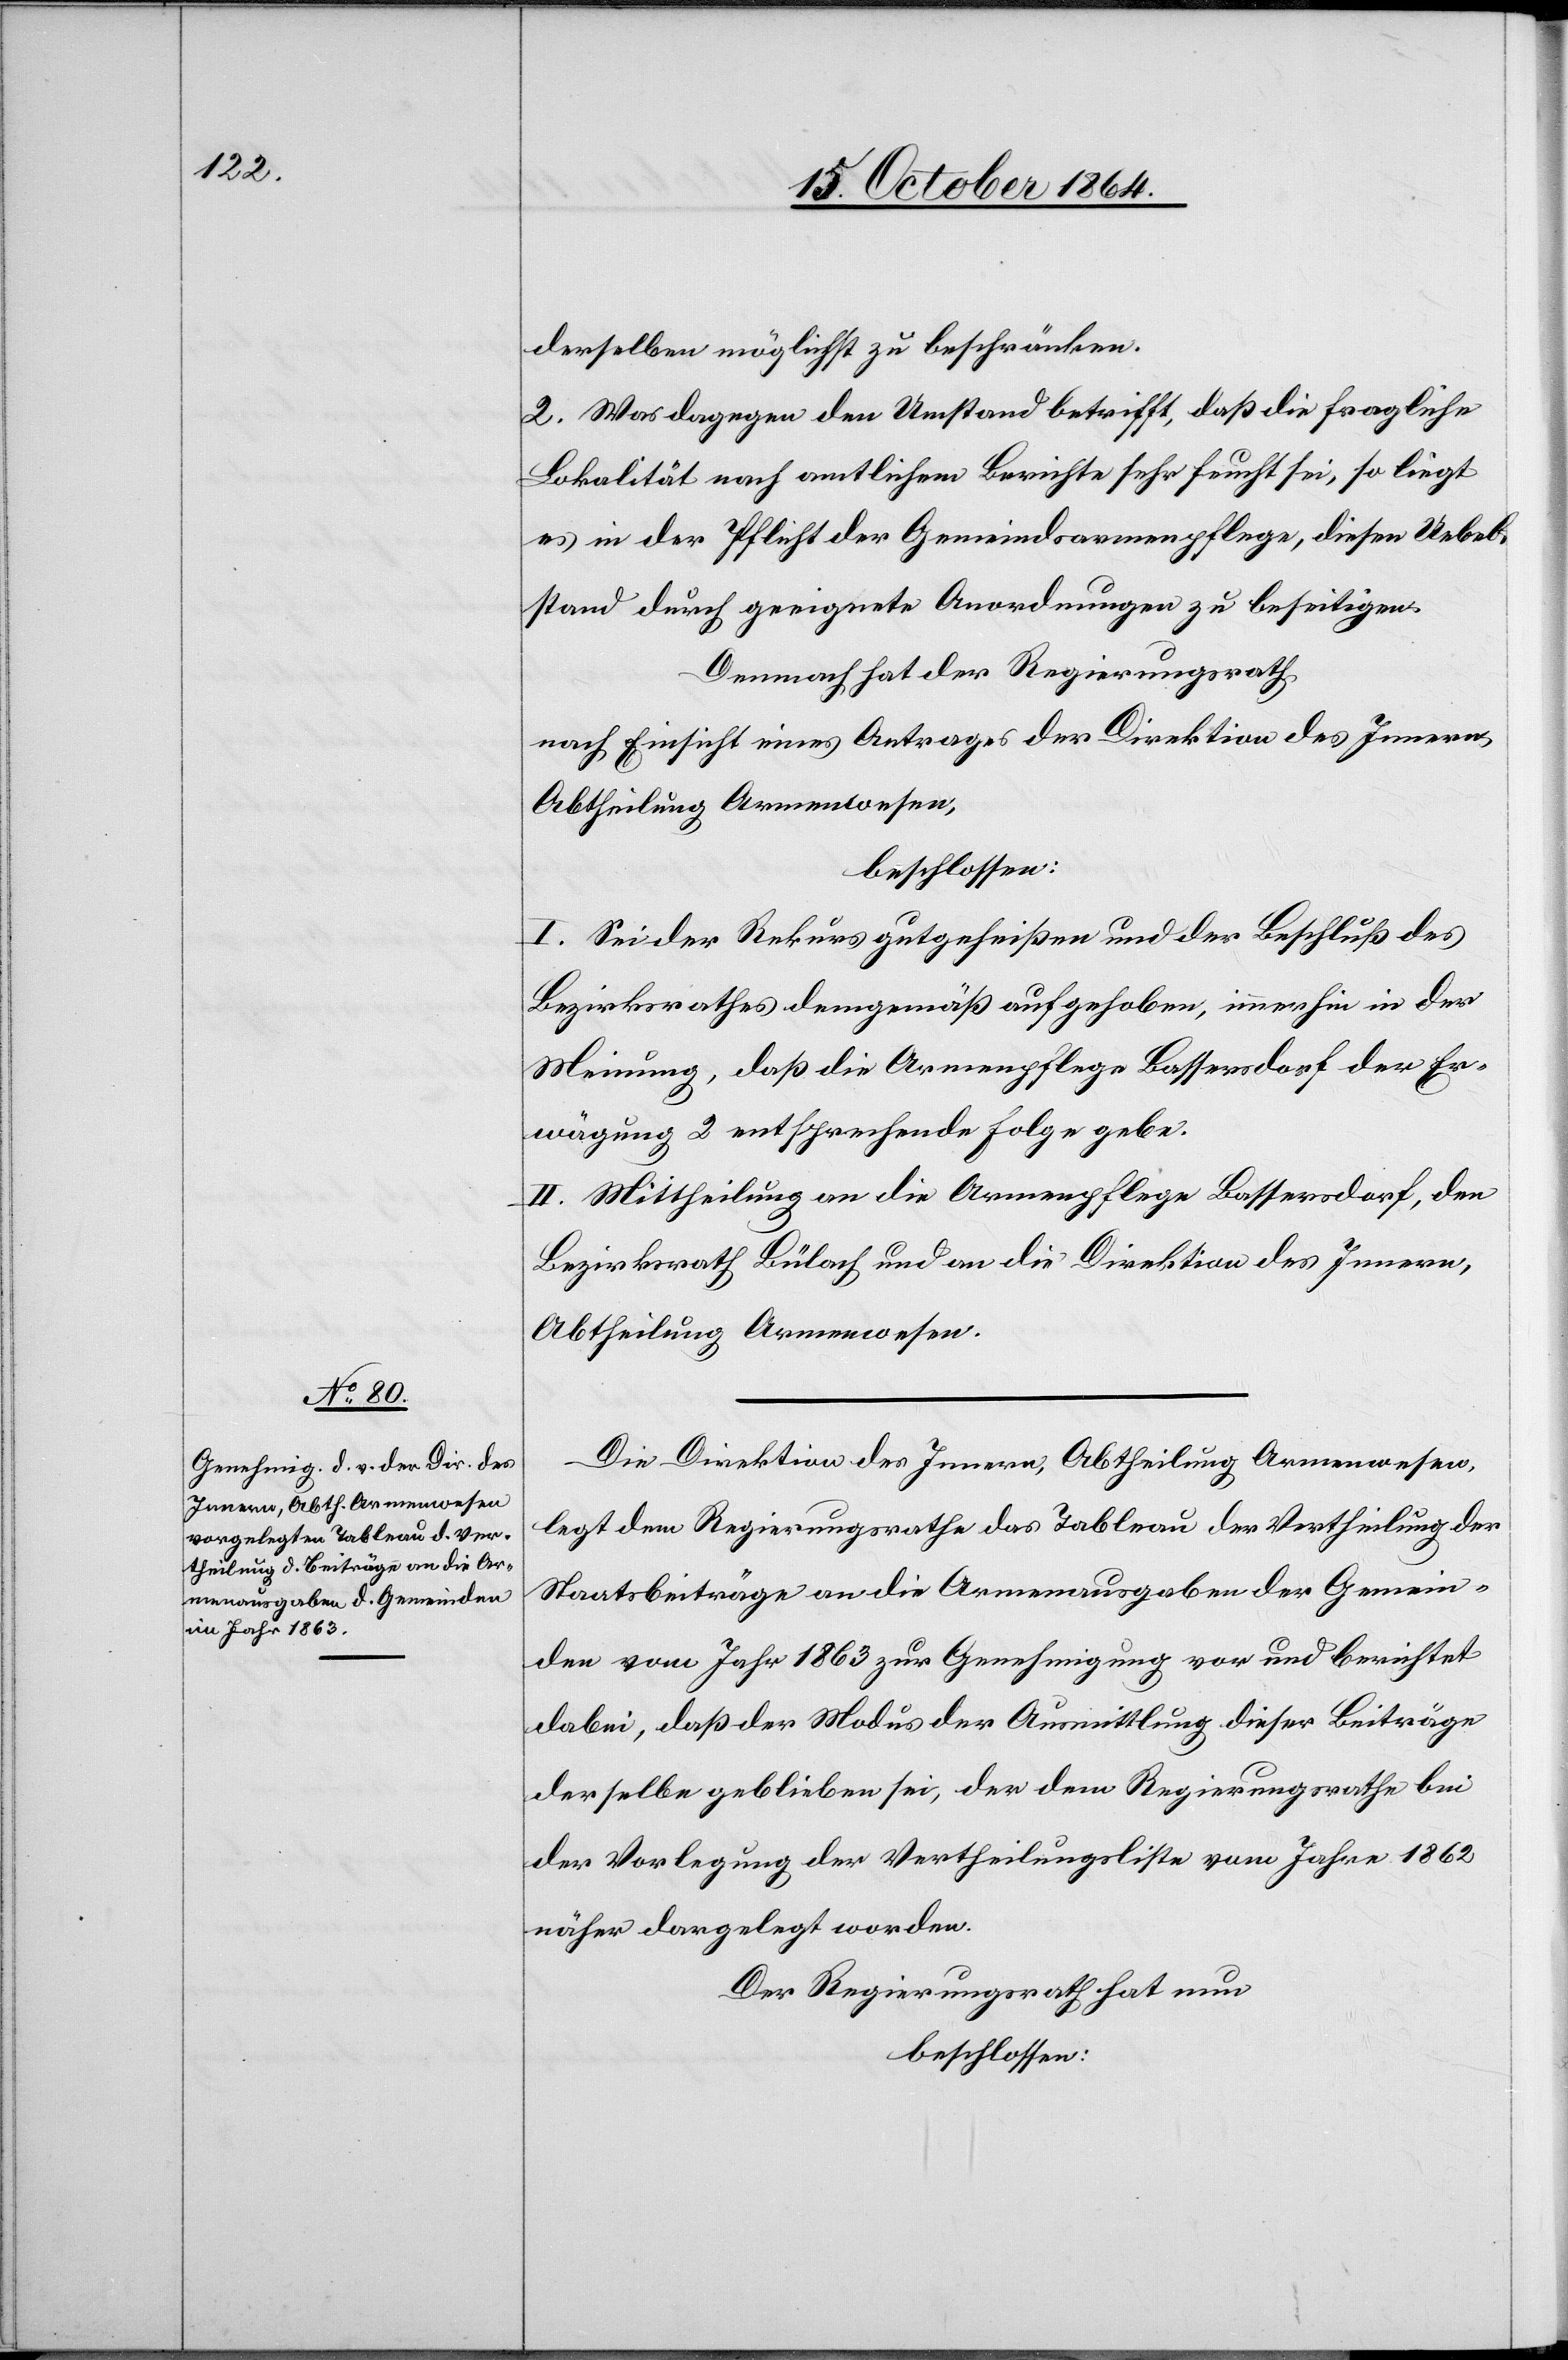
derselben möglichst zu beschränken.
2. Was dagegen den Umstand betrifft, daß die fragliche
Lokalität nach amtlichem Berichte sehr feucht sei, so liegt
es in der Pflicht der Gemeindsarmenpflege, diesen Uebel¬
stand durch geeignete Anordnungen zu beseitigen.
Demnach hat der Regierungsrath,
nach Einsicht eines Antrages der Direktion des Innern,
Abtheilung Armenwesen,
beschlossen:
I. Sei der Rekurs gutgeheißen und der Beschluß des
Bezirksrathes demgemäß aufgehoben, immerhin in der
Meinung, daß die Armenpflege Bassersdorf der Er¬
wägung 2 entsprechende Folge gebe.
II. Mittheilung an die Armenpflege Bassersdorf, den
Bezirksrath Bülach und die Direktion des Innern,
Abtheilung Armenwesen.
Die Direktion des Innern, Abtheilung Armenwesen,
legt dem Regierungsrathe das Tableau der Vertheilung der
Staatsbeiträge an die Armenausgaben der Gemein¬
den vom Jahr 1863 zur Genehmigung vor und berichtet
dabei, daß der Modus der Ausmittlung dieser Beiträge
derselbe geblieben sei, der dem Regierungsrathe bei
der Vorlegung der Vertheilungsliste vom Jahre 1862
näher dargelegt worden.
Der Regierungsrath hat nun
beschlossen: